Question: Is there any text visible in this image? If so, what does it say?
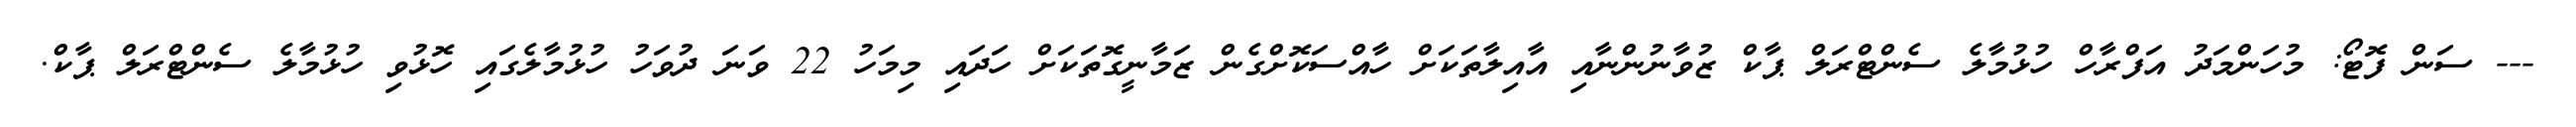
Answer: --- ސަން ފޮޓޯ: މުހަންމަދު އަފްރާހް ހުޅުމާލެ ސެންޓްރަލް ޕާކް ޒުވާނުންނާއި އާއިލާތަކަށް ހާއްސަކޮށްގެން ޒަމާނީގޮތަކަށް ހަދައި މިމަހު 22 ވަނަ ދުވަހު ހުޅުމާލެގައި ހޮޅުވި ހުޅުމާލެ ސެންޓްރަލް ޕާކް.